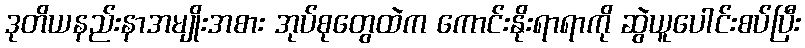
ဒုတိယနည်းနာအမျိုးအစား အုပ်စုတွေထဲက ကောင်းနိုးရာရာကို ဆွဲယူပေါင်းစပ်ပြီး